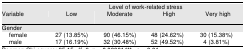
<table><thead><tr><td rowspan="2"><b>Variable</b></td><td colspan="4"><b>Level of work-related stress</b></td></tr><tr><td><b>Low</b></td><td><b>Moderate</b></td><td><b>High</b></td><td><b>Very high</b></td></tr></thead><tbody><tr><td colspan="6">Gender</td></tr><tr><td> female</td><td>27 (13.85%)</td><td>90 (46.15%)</td><td>48 (24.62%)</td><td>30 (15.38%)</td></tr><tr><td> male</td><td>17 (16.19%)</td><td>32 (30.48%)</td><td>52 (49.52%)</td><td>4 (3.81%)</td></tr></tbody></table>